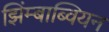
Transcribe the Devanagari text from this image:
झिंम्बाब्वियन